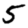
Digit: 5